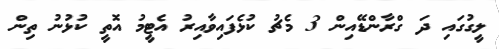
ލީގުގައި ދަ ގްރާންޑޭއިން 3 މެޗު ކުޅެފައިވާއިރު އެޓީމު އޮތީ ކުޅުނު ތިން